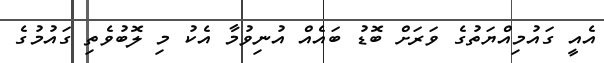
އެއީ ގައުމިއްޔަތުގެ ވަރަށް ބޮޑު ބައެއް އުނިވުމާ އެކު މި ލޮބުވެތި ގައުމުގެ